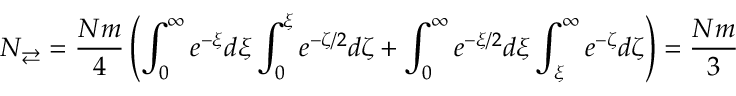
N _ { \rightleftarrows } = \frac { N m } { 4 } \left( \int _ { 0 } ^ { \infty } e ^ { - \xi } d \xi \int _ { 0 } ^ { \xi } e ^ { - \zeta / 2 } d \zeta + \int _ { 0 } ^ { \infty } e ^ { - \xi / 2 } d \xi \int _ { \xi } ^ { \infty } e ^ { - \zeta } d \zeta \right) = \frac { N m } { 3 }